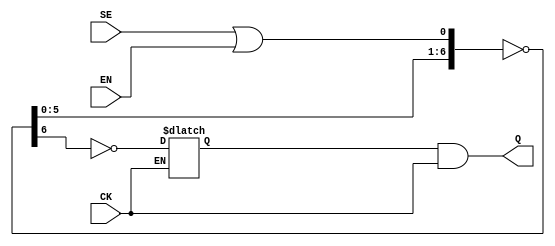
/*
Copyright (c) 2019 Alibaba Group Holding Limited

Permission is hereby granted, free of charge, to any person obtaining a copy of this software and associated documentation files (the "Software"), to deal in the Software without restriction, including without limitation the rights to use, copy, modify, merge, publish, distribute, sublicense, and/or sell copies of the Software, and to permit persons to whom the Software is furnished to do so, subject to the following conditions:

The above copyright notice and this permission notice shall be included in all copies or substantial portions of the Software.

THE SOFTWARE IS PROVIDED "AS IS", WITHOUT WARRANTY OF ANY KIND, EXPRESS OR IMPLIED, INCLUDING BUT NOT LIMITED TO THE WARRANTIES OF MERCHANTABILITY, FITNESS FOR A PARTICULAR PURPOSE AND NONINFRINGEMENT. IN NO EVENT SHALL THE AUTHORS OR COPYRIGHT HOLDERS BE LIABLE FOR ANY CLAIM, DAMAGES OR OTHER LIABILITY, WHETHER IN AN ACTION OF CONTRACT, TORT OR OTHERWISE, ARISING FROM, OUT OF OR IN CONNECTION WITH THE SOFTWARE OR THE USE OR OTHER DEALINGS IN THE SOFTWARE.

*/
module Standard_Cell_CLK_GATE(
Q, 
CK, 
EN, 
SE
);
   output Q;
   input CK;
   input EN;
   input SE;

wire	E;
reg	q_tmp;
assign E = SE | EN;

(*DONT_TOUCH="TRUE"*) wire[6:0] EE;
assign EE = ~{EE[5:0],E};

always @(E or CK)
begin 
    if(!CK)
	q_tmp = ~EE[6];
end

assign Q = q_tmp & CK;


endmodule


module Standard_Cell_CLK_MUX2(
X, 
S, 
D0, 
D1
);
   output X;
   input S;
   input D0;
   input D1;

assign X = S ? D1 : D0;

endmodule